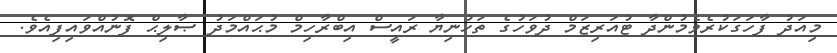
މިއަދު ފާހަގަކުރެވެމުންދާ ޓުއަރިޒަމް ދުވަހުގެ ތަހުނިޔާ ރައީސް އިބްރާހިމް މުޙައްމަދު ޞާލިޙް ފޮނުއްވައިފިއެވެ.